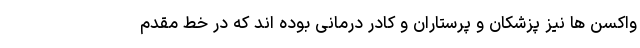
واکسن ها نیز پزشکان و پرستاران و کادر درمانی بوده اند که در خط مقدم